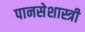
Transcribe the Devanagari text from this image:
पानसेशास्त्री